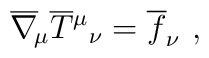
\overline\nabla_{\!\mu}\overline T{^\mu}{_\nu}=\overline f_\nu \ ,